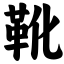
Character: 靴